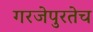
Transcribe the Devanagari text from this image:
गरजेपुरतेच